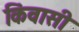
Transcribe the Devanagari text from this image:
किंवासी